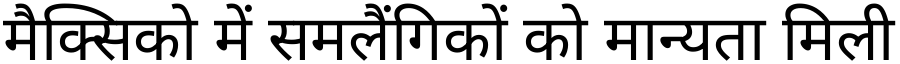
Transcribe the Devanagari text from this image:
मैक्सिको में समलैंगिकों को मान्यता मिली